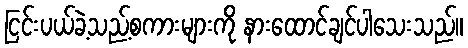
ငြင်းပယ်ခဲ့သည့်စကားများကို နားထောင်ချင်ပါသေးသည်။